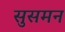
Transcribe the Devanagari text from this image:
सुसमन